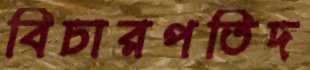
বিচারপতিদ